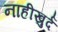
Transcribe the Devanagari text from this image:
नाहीखुर्द